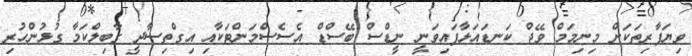
ވިޔަފާރިތަަކަށް މިނިމަމް ވޭޖް ކަނޑައަޅާފައިވަނީ ނީޑްސް ބޭސްޑް އެސެސްމަންޓަކާއި އިގްތިސާދީ ގާބިލްކަމާ ގުޅުންހުރި